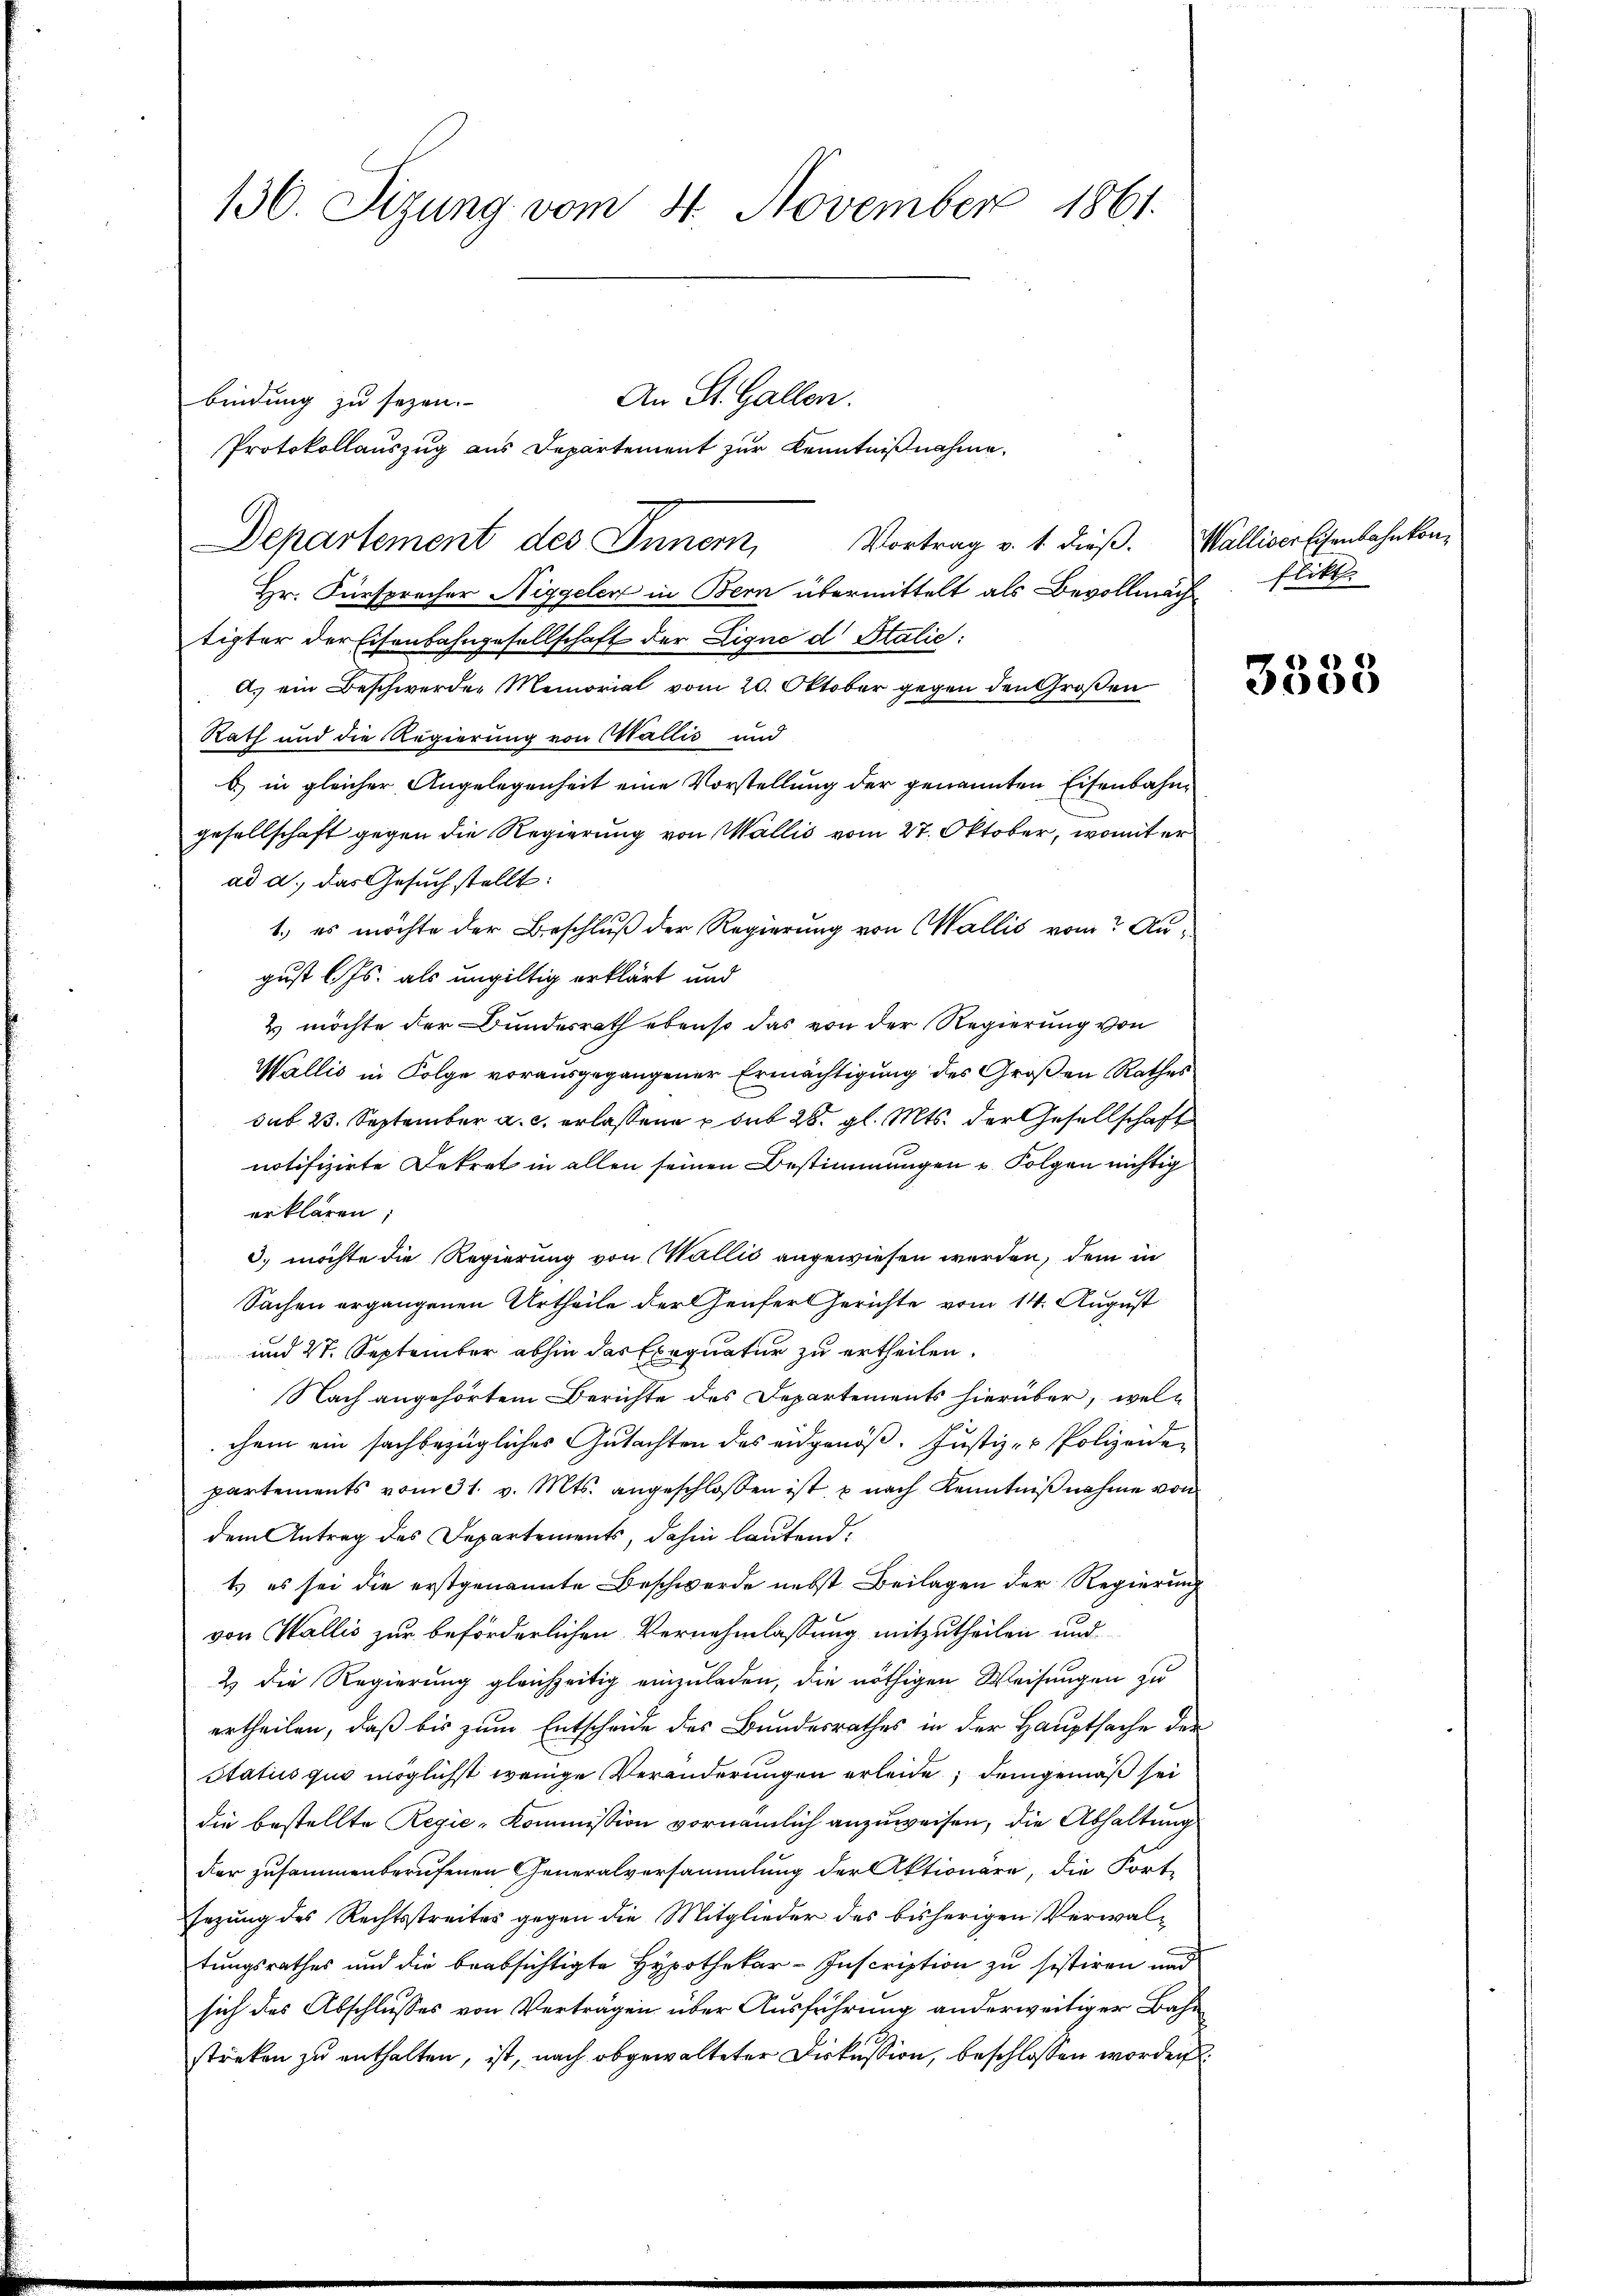
bindung zu sezen.

130. Sizung vom 4. November 1861

Hr. Fürsprecher Niggelen in Bern übermittelt als Bevollmach
tigter der Eisenbahngesellschaft der Eigne d Italie:
A. ein Beschwerden Memorial vom 20. Oktober gegen den Großen
Rath und die Regierung von Wallis und
b) in gleicher Angelegenheit eine Vorstellung der genannten Eisenbahngesellschaft gegen die Regierung von Wallis vom 27. Oktober, womit er
ad a., das Gesuch stellt:
1.) es möchte der Beschluß der Regierung von Wallis vom August l. Js. als ungültig erklärt und
2 möchte der Bundesrath ebenso das von der Regierung von
Wallis in Folge vorausgegangener Ermächtigung des Großen Rathes
sub. 23. September a. c. erlassene sub 28. gl. Mts. der Gesellschaft
notifizirte Dekret in allen seinen Bestimmungen u. Folgen nichtig
erklären;
3. möchte die Regierung von Wallis angewiesen werden, dem in
Sachen ergangenen Urtheile der Genfer Gerichte vom 14. August
und 2. September abhin das Exequatur zu ertheilen.
Nach angehörtem Berichte des Departements hierüber, welchem ein sachbezügliches Gutachten des eidgenöß, Justiz- & Polizeide
partements vom 31. v. Mts. angeschlossen ist, u nach Kenntnißnahme von
dem Antrag des Departements, dahin lautend,
t es sei die erstgenannte Beschwerde nebst Beilagen der Regierung
von Wallis zur beförderlichen Vernehmlassung mitzutheilen und
2 die Regierung gleichzeitig einzuladen, die nöthigen Weisungen zu
ertheilen, daß bis zum Entscheide des Bundesrathes in der Hauptsache der
Status quo möglichst wenige Veränderungen erleide, demgemäß sei
die bestellte Regie-Kommission vornämlich anzuweisen, die Abhaltung
der zusammenberufenen Generalversammlung der Aktionäre, die Fort-
sezung des Rechtsstreites gegen die Mitglieder des bisherigen Verwaltungsrathes und die beabsichtigte Hypothekar-Inscription zu sistiren und
sich des Abschlusses von Verträgen über Ausführung anderweitiger Bahn
streken zu enthalten, ist, nach abgewalteter Diskussion, beschlossen worden.

Protokollauszug aus Departement zur Kenntnißnahme,
Departement des Inner, Vortrag v. 1. dieß. Walliser Eisenbahnkon¬

An St. Gallen.

flikt

3333